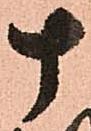
十